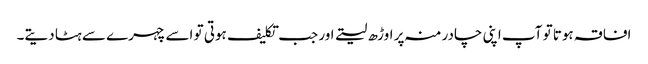
افاقہ ہوتا تو آپ اپنی چادر منہ پر اوڑھ لیتے اور جب تکلیف ہوتی تو اسے چہرے سے ہٹا دیتے۔